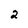
Character: 2